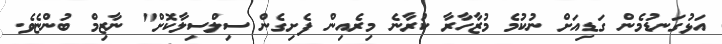
އަޅުގަނޑުމެން ގަޑިއަށް ނުކުމެ މުޒާހާރާ ކުރާނެ މިރެއިން ފެށިގެން ސިލްސިލާކޮށް" ނާޒިމް ބުންޏެވެ.